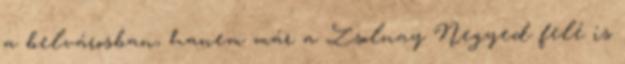
a belvárosban, hanem már a Zsolnay Negyed felé is